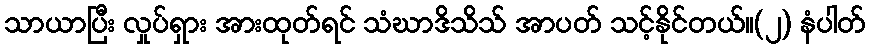
သာယာပြီး လှုပ်ရှား အားထုတ်ရင် သံဃာဒိသိသ် အာပတ် သင့်နိုင်တယ်။(၂) နံပါတ်